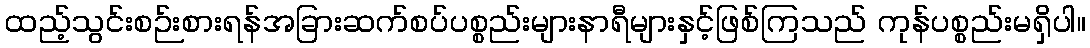
ထည့်သွင်းစဉ်းစားရန်အခြားဆက်စပ်ပစ္စည်းများနာရီများနှင့်ဖြစ်ကြသည် ကုန်ပစ္စည်းမရှိပါ။